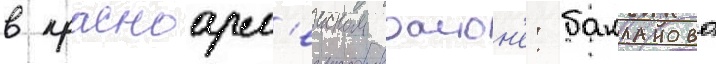
в красноарм'еиском раион'е: бакланово